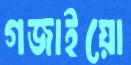
গজাইয়ো